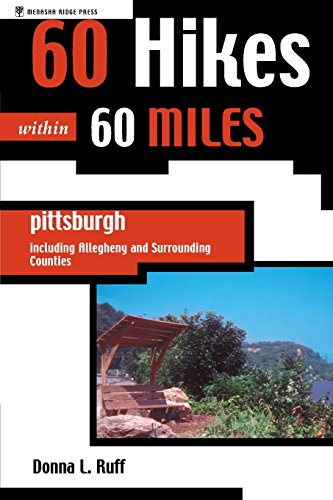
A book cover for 60 Hikes Within 60 Miles: Pittsburgh: Including Allegheny and Surrounding Counties; Donna Ruff; Travel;